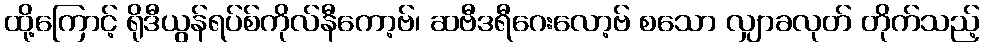
ထို့ကြောင့် ရိုဒီယွန်ရပ်စ်ကိုလ်နီကော့ဗ်၊ ဆဗီဒရီဂေးလော့ဗ် စသော လျှာခလုတ် တိုက်သည့်